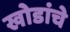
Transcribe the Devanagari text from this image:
खोडांचे